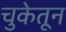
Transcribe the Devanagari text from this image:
चुकेतून